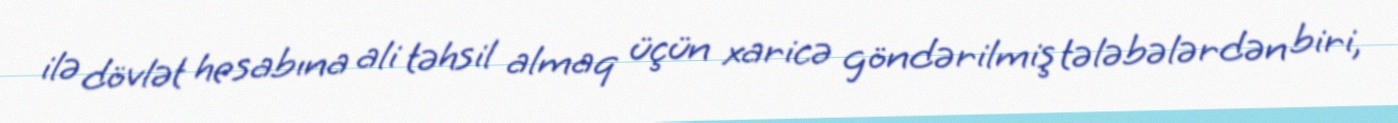
ilə dövlət hesabına ali təhsil almaq üçün xaricə göndərilmiş tələbələrdən biri,